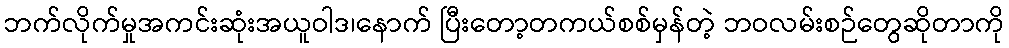
ဘက်လိုက်မှုအကင်းဆုံးအယူဝါဒ၊နောက် ပြီးတော့တကယ်စစ်မှန်တဲ့ ဘဝလမ်းစဉ်တွေဆိုတာကို